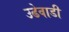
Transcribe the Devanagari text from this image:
उढेवाडी